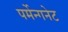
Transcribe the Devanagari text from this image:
पर्मेन्गनेट